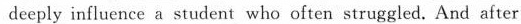
deeply influence a student who ofent strggled. And after